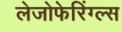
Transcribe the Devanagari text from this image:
लेजोफेरिंग्ल्स